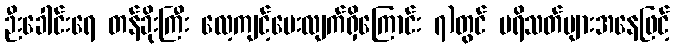
ဉီးခေါင်းရေ တန်ခိုးကြီး လေ့ကျင့်ပေးလျက်ရှိကြောင်း ၇)တွင် ပရိသတ်များအနေဖြင့်